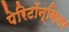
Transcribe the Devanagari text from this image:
पेरिटॉन्सिलर